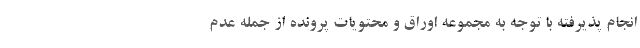
انجام پذیرفته با توجه به مجموعه اوراق و محتویات پرونده از جمله عدم